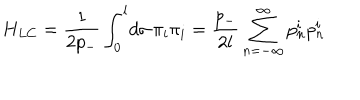
LaTeX: H _ { L C } = \frac { 1 } { 2 p _ { - } } \int _ { 0 } ^ { l } \! d \sigma \, \pi _ { i } \pi _ { i } = \frac { p _ { - } } { 2 l } \sum _ { n = - \infty } ^ { \infty } p _ { n } ^ { i } p _ { n } ^ { i }